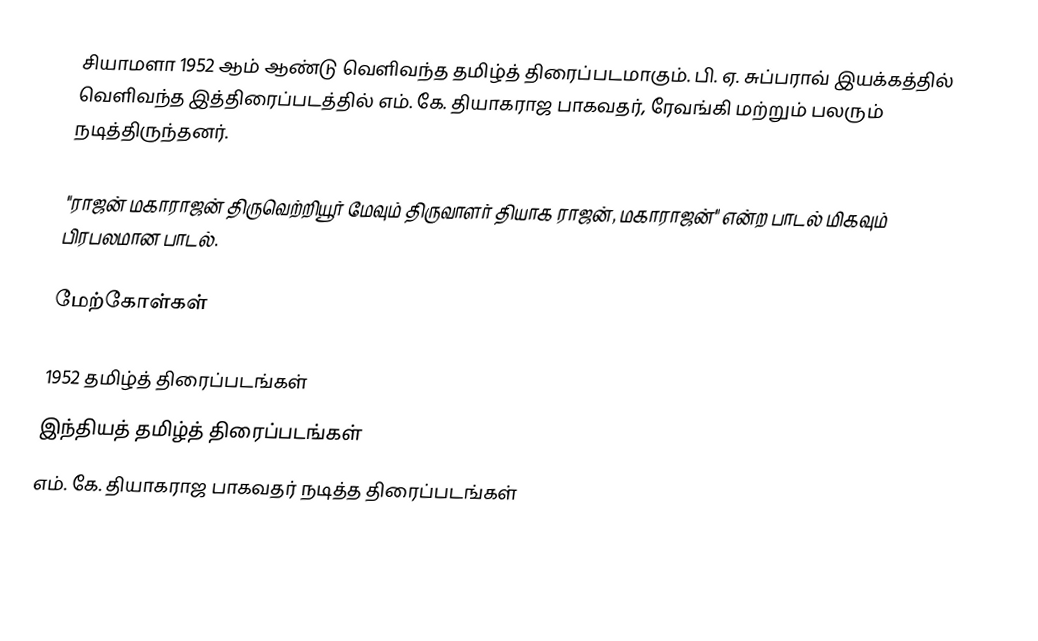
சியாமளா 1952 ஆம் ஆண்டு வெளிவந்த தமிழ்த் திரைப்படமாகும். பி. ஏ. சுப்பராவ் இயக்கத்தில் வெளிவந்த இத்திரைப்படத்தில் எம். கே. தியாகராஜ பாகவதர், ரேவங்கி மற்றும் பலரும் நடித்திருந்தனர்.

"ராஜன் மகாராஜன் திருவெற்றியூர் மேவும் திருவாளர் தியாக ராஜன், மகாராஜன்" என்ற பாடல் மிகவும் பிரபலமான பாடல்.

மேற்கோள்கள்

1952 தமிழ்த் திரைப்படங்கள்
இந்தியத் தமிழ்த் திரைப்படங்கள்
எம். கே. தியாகராஜ பாகவதர் நடித்த திரைப்படங்கள்